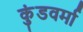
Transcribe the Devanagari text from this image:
कुंडवर्मा